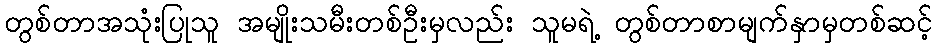
တွစ်တာအသုံးပြုသူ အမျိုးသမီးတစ်ဦးမှလည်း သူမရဲ့ တွစ်တာစာမျက်နှာမှတစ်ဆင့်